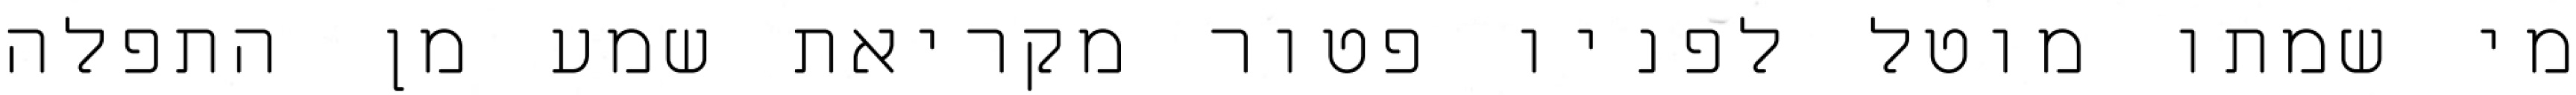
מי שמתו מוטל לפניו פטור מקריאת שמע מן התפלה